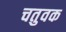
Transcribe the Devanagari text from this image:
चतुवक